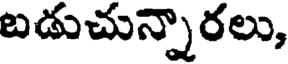
బడుచున్నారలు,